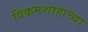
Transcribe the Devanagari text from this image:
विक्रमशाहाच्या